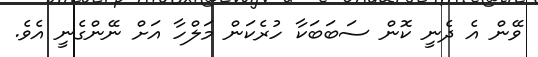
ވޭން އެ ދެނީ ކޮން ސަބަބަކާ ހުރެކަން މަލްހާ އަށް ނޭންގެނީ އެވެ.